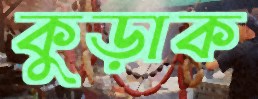
কুড়াক